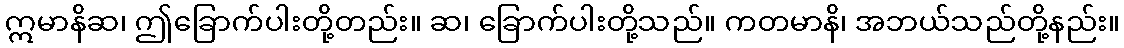
ဣမာနိဆ၊ ဤခြောက်ပါးတို့တည်း။ ဆ၊ ခြောက်ပါးတို့သည်။ ကတမာနိ၊ အဘယ်သည်တို့နည်း။